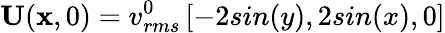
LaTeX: \mathbf{U}(\mathbf{x},0)=v_{rms}^{0}\left[-2sin(y),2sin(x),0\right]